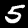
Label: 5